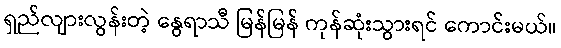
ရှည်လျားလွန်းတဲ့ နွေရာသီ မြန်မြန် ကုန်ဆုံးသွားရင် ကောင်းမယ်။